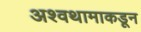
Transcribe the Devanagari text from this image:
अश्वथामाकडून